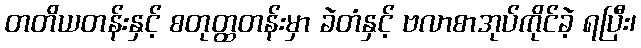
တတိယတန်းနှင့် စတုတ္ထတန်းမှာ ခဲတံနှင့် ဗလာစာအုပ်ကိုင်ခဲ့ ရပြီး၊